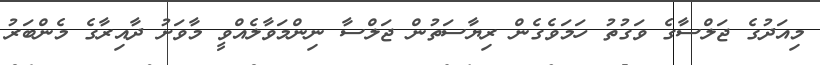
މިއަދުގެ ޖަލްސާގެ ވަގުތު ހަމަވެގެން ރިޔާސަތުން ޖަލްސާ ނިންމަވާލެއްވީ މާވަށު ދާއިރާގެ މެންބަރު